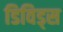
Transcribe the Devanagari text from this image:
डिविड्स